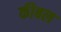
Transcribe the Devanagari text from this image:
कीबल